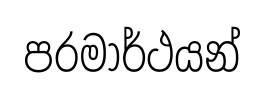
පරමාර්ථයන්